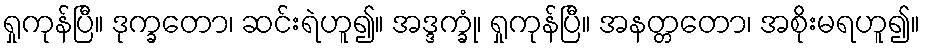
ရှုကုန်ပြီ။ ဒုက္ခတော၊ ဆင်းရဲဟူ၍။ အဒ္ဒက္ခုံ၊ ရှုကုန်ပြီ။ အနတ္တတော၊ အစိုးမရဟူ၍။